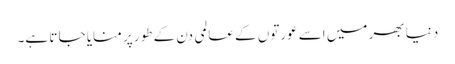
دنیا بھر میں اسے عورتوں کے عالمی دن کے طور پر منایا جا تا ہے۔